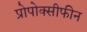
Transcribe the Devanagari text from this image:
प्रोपोक्सीफीन